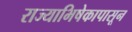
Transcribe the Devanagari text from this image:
राज्याभिषेकापासून